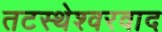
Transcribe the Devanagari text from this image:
तटस्थेश्वरवाद